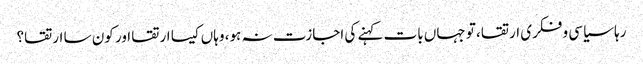
رہا سیاسی و فکری ارتقا، تو جہاں بات کہنے کی اجازت نہ ہو، وہاں کیسا ارتقا اور کون سا ارتقا؟